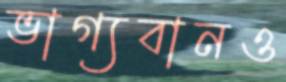
ভাগ্যবানও